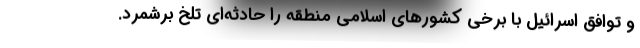
و توافق اسرائیل با برخی کشورهای اسلامی منطقه را حادثه‌ای تلخ برشمرد.